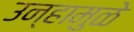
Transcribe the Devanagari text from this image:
उन्हामुळे